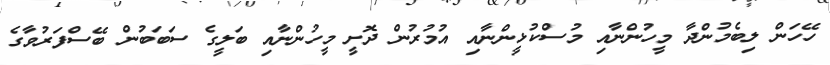
ހޭހަން ލިބެމުންދާ މީހުންނާއި މުސްކުޅީންނާއި އުމުރުން ދޮށީ މީހުންނާއި ބަލީގެ ސަބަބުން ބޭސްފަރުވާގެ